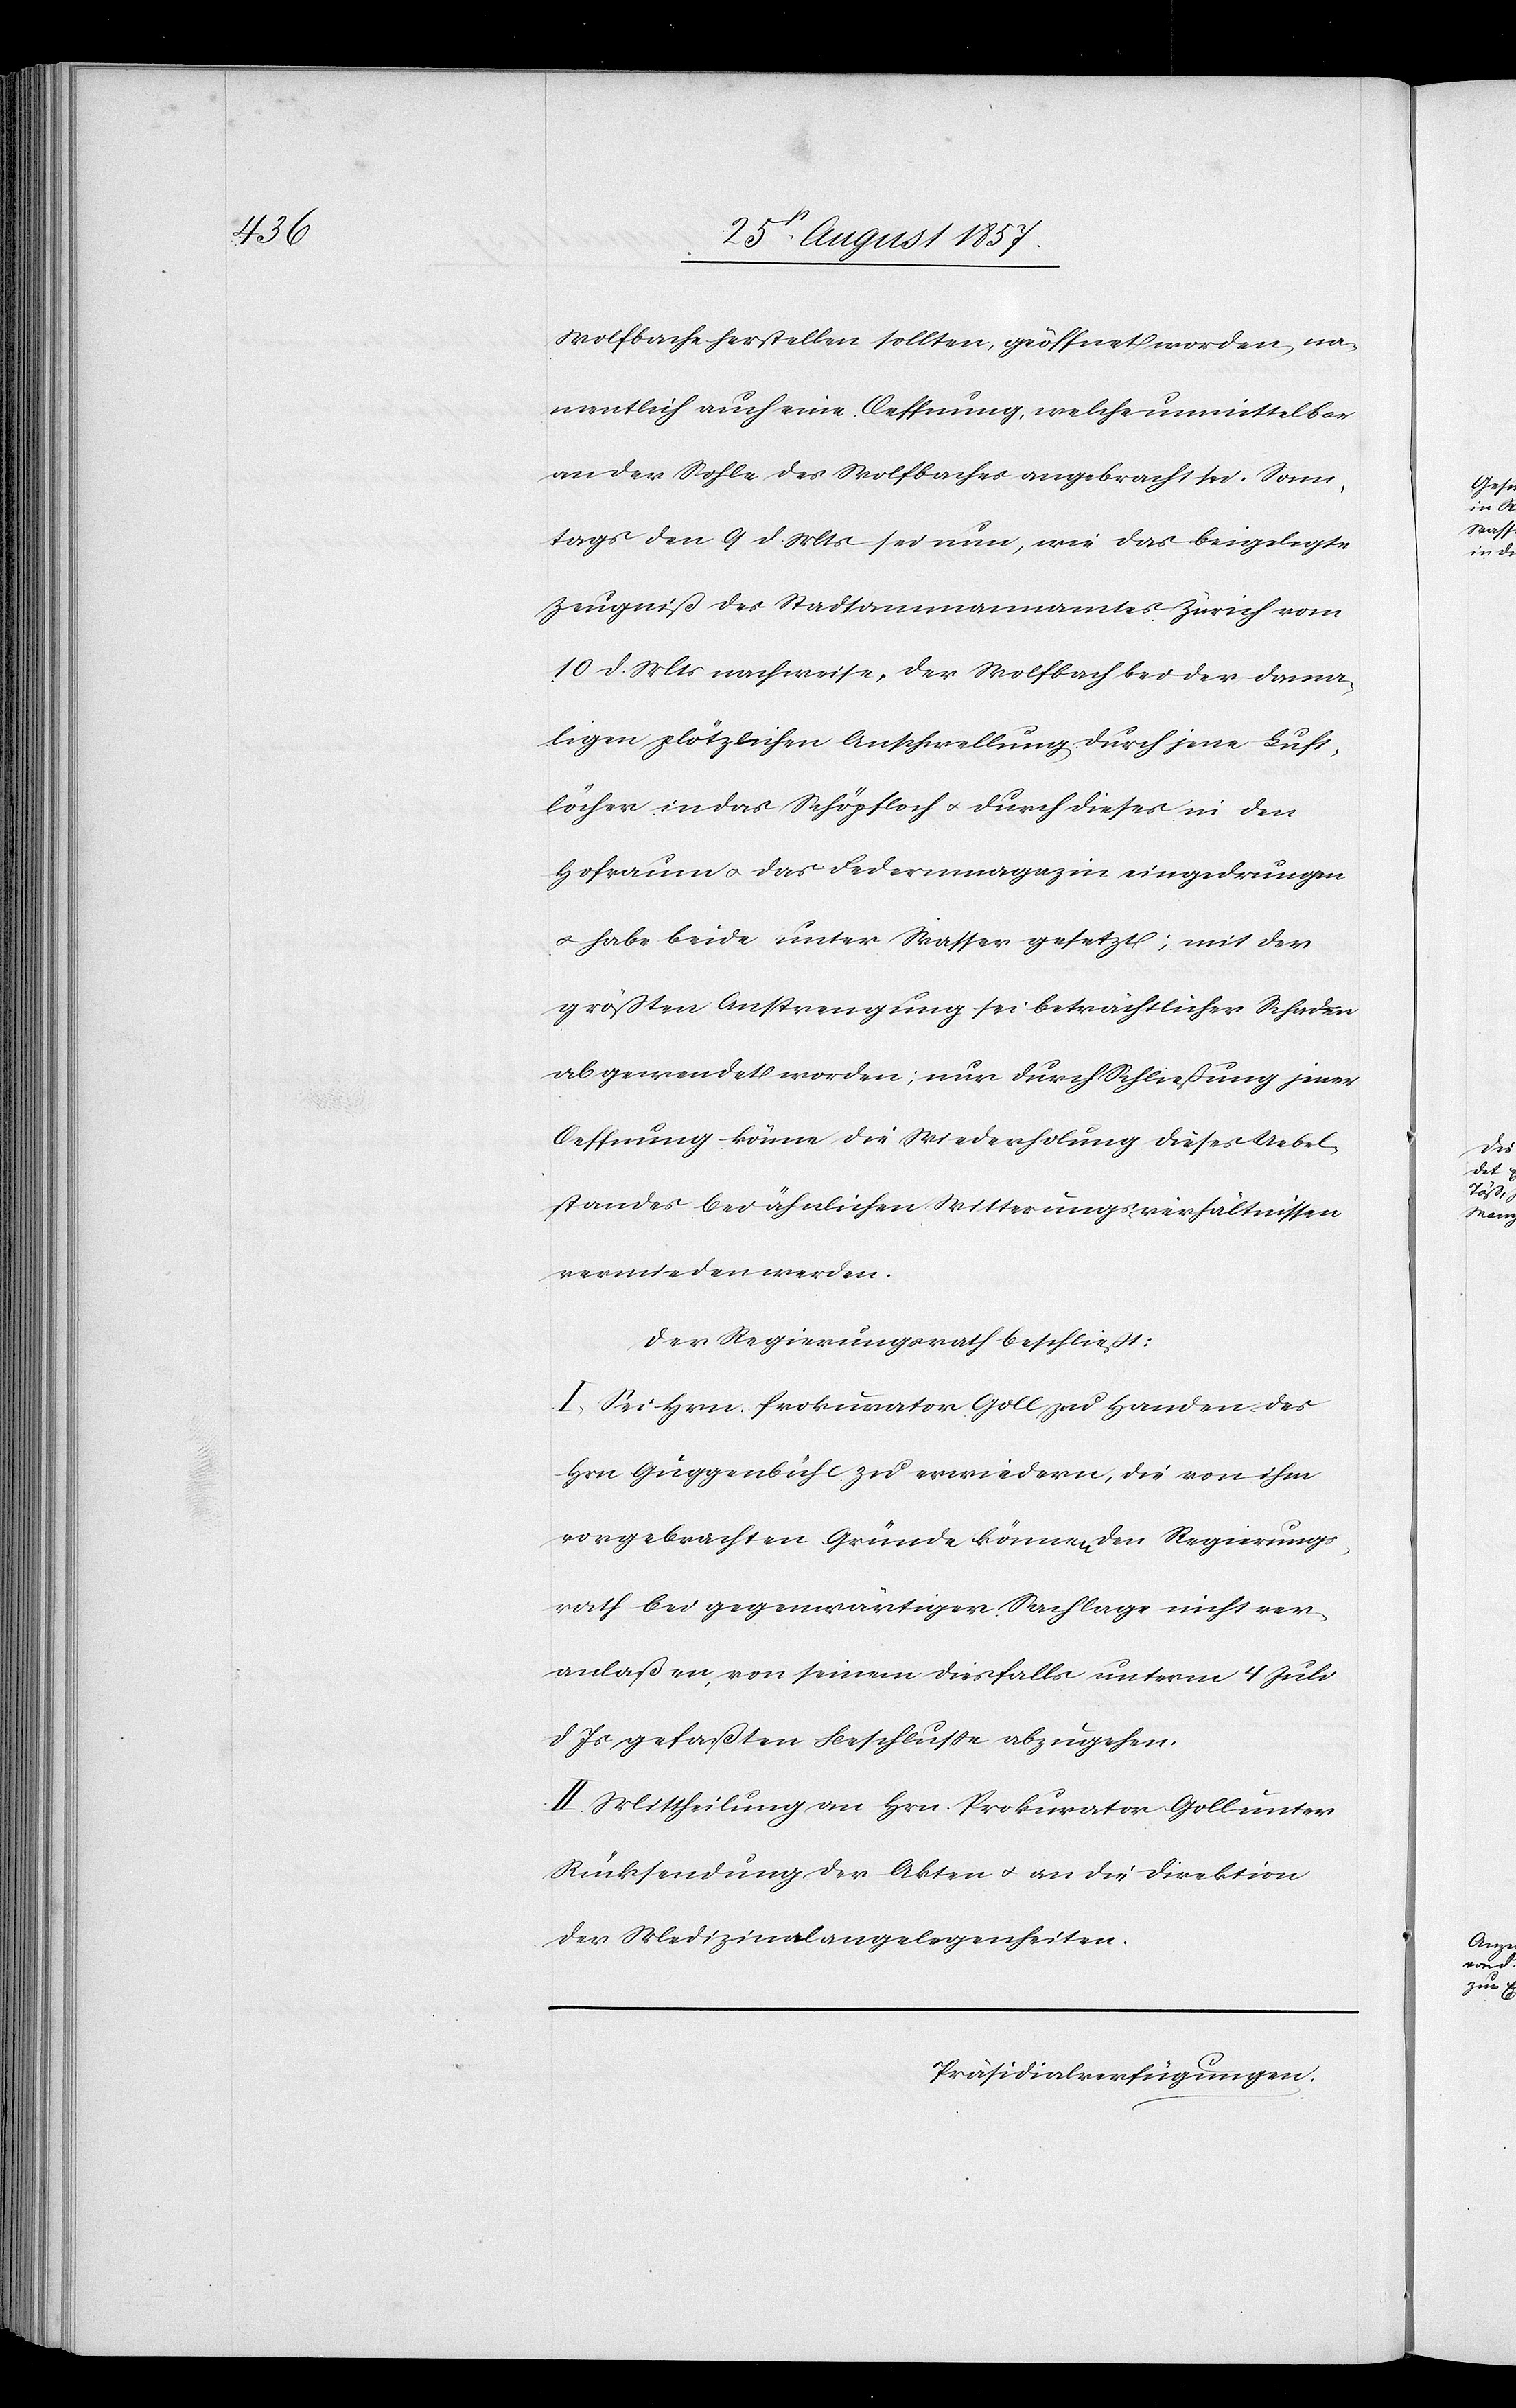
Wolfbache herstellen sollten, geöffnet worden, na¬
mentlich auch eine Oeffnung, welche unmittelbar
an der Sohle des Wolfbaches angebracht sei. Sonn¬
tags den 9 d. Mts. sei nun, wie das beigelegte
Zeugniß des Stadtammannamtes Zürich vom
10 d. Mts. nachweise, der Wolfbach bei der dama¬
ligen plötzlichen Anschwellung durch jene Luft¬
löcher in das Schöpfloch & durch dieses in den
Hofraum & das Federmagazin eingedrungen
& habe beide unter Wasser gesetzt; mit der
größten Anstrengung sei beträchtlicher Schaden
abgewendet worden; nur durch Schließung jener
Oeffnung könne die Wiederholung dieses Uebel¬
standes bei ähnlichen Witterungsverhältnissen
vermieden werden.
Der Regierungsrath beschließt:
I. Sei Hrn. Prokurator Goll zu Handen des
Hrn. Guggenbühl zu erwiedern, die von ihm
vorgebrachten Gründe können den Regierungs¬
rath bei gegenwärtiger Sachlage nicht ver¬
anlaßen, von seinem diesfalls unterm 4 Juli
d. Js. gefaßten Beschlusse abzugehen.
II. Mittheilung an Hrn. Prokurator Goll unter
Rücksendung der Akten & an die Direktion
der Medizinalangelegenheiten.